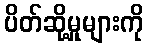
ပိတ်ဆို့မှုများကို